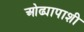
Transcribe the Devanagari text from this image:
ओढ्यापाशी